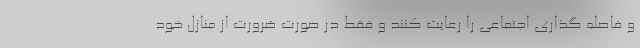
و فاصله گذاری اجتماعی را رعایت کنند و فقط در صورت ضرورت از منازل خود